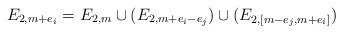
\begin{align*}E_{2,m+e_i} = E_{2,m} \cup (E_{2, m+e_i -e_j}) \cup (E_{2, [m-e_j, m+e_i] })\end{align*}